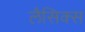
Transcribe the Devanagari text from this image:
लैसिक्स